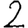
Digit: 2